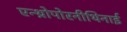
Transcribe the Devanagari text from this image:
एन्थ्रोपोरनीथिनाई